Sketch of the medical history of the native army of Bombay, for the year
Year: 1870
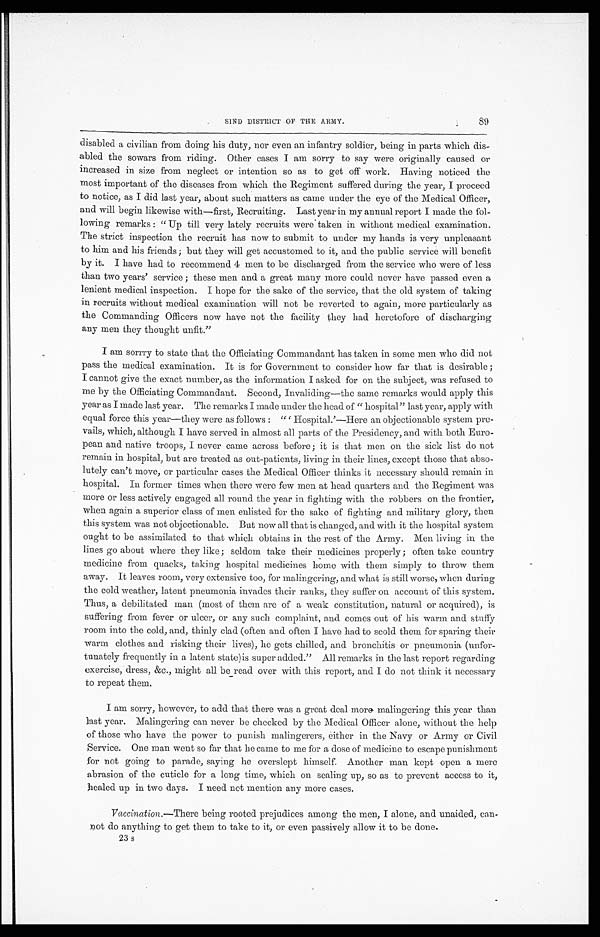
89
SIND DISTRICT OF THE ARMY.
disabled a civilian from doing his duty, nor even an infantry soldier, being in parts which dis
-abled the sowars from riding. Other cases I am sorry to say were originally caused or
increased in size from neglect or intention so as to get off work. Having noticed the
most important of the diseases from which the Regiment suffered during the year, I proceed
to notice, as I did last year, about such matters as came under the eye of the Medical Officer,
and will begin likewise with—first, Recruiting. Last year in my annual report I made the fol
-lowing remarks : "Up till very lately recruits were taken in without medical examination.
The strict inspection the recruit has now to submit to under my hands is very unpleasant
to him and his friends ; but they will get accustomed to it, and the public service will benefit
by it. I have had to recommend 4 men to be discharged from the service who were of less
than two years' service ; these men and a great many more could never have passed even a
lenient medical inspection. I hope for the sake of the service, that the old system of taking
in recruits without medical examination will not be reverted to again, more particularly as
the Commanding Officers now have not the facility they had heretofore of discharging
any men they thought unfit."
I am sorrry to state that the Officiating Commandant has taken in some men who did not
pass the medical examination. It is for Government to consider how far that is desirable ;
I cannot give the exact number, as the information I asked for on the subject, was refused to
me by the Officiating Commandant. Second, Invaliding—the same remarks would apply this
year as I made last year. The remarks I made under the head of " hospital" last year, apply with
equal force this year—they were as follows : " Hospital.'—Here an objectionable system pre
-vails, which, although I have served in almost all parts of the Presidency, and with both Euro--
pean and native troops, I never came across before; it is that men on the sick list do not
remain in hospital, but are treated as out-patients, living in their lines, except those that abso--
lutely can't move, or particular cases the Medical Officer thinks it necessary should remain in
hospital. In former times when there were few men at head quarters and the Regiment was
more or less actively engaged all round the year in fighting with the robbers on the frontier,
when again a superior class of men enlisted for the sake of fighting and military glory, then
this system was not objectionable. But now all that is changed, and with it the hospital system
ought to be assimilated to that which obtains in the rest of the Army. Men living in the
lines go about where they like; seldom take their medicines properly ; often take country
medicine from quacks, taking hospital medicines home with them simply to throw them
away. It leaves room, very extensive too, for malingering, and what is still worse, when during
the cold weather, latent pneumonia invades their ranks, they suffer on account of this system.
Thus, a debilitated man (most of them are of a weak constitution, natural or acquired), is
suffering from fever or ulcer, or any such complaint, and comes out of his warm and stuffy
room into the cold, and, thinly clad (often and often I have had to scold them for sparing their
warm clothes and risking their lives), he gets chilled, and bronchitis or pneumonia (unfor
-tunately frequently in a latent state)is super added." All remarks in the last report regarding
exercise, dress, &c., might all be read over with this report, and I do not think it necessary
to repeat them.
I am sorry, however, to add that there was a great deal more malingering this year than
last year. Malingering can never be checked by the Medical Officer alone, without the help
of those who have the power to punish malingerers, either in the Navy or Army or Civil
Service. One man went so far that he came to me for a dose of medicine to escape punishment
for not going to parade, saying he overslept himself. Another man kept open a mere
abrasion of the cuticle for a long time, which on sealing up, so as to prevent access to it,
healed up in two days. I need not mention any more cases.
Vaccination.—There being rooted prejudices among the men, I alone, and unaided, can
-not do anything to get them to take to it, or even passively allow it to be done.
23 s